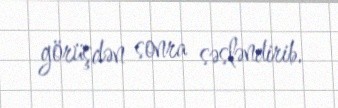
görüşdən sonra səsləndirib.